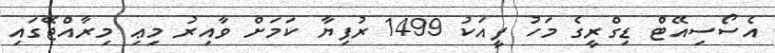
އެސޯސިއޭޓް ޑިގްރީގެ މަހު ފީއަކު 1499 ރުފިޔާ ކަމަށް ވާއިރު މިޢި މިރާއްޖޭގައި